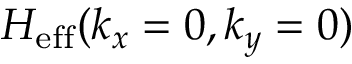
H _ { \mathrm { e f f } } ( k _ { x } = 0 , k _ { y } = 0 )